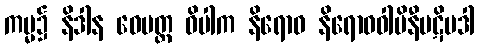
ကမ္မ၌ နိဒါန ဝေမတ္တ ဝိပါက နိရောဓ နိရောဓဝါမိနီပဋိပဒါ